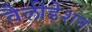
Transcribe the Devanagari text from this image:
वैलीडेशन